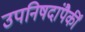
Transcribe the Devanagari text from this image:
उपनिषदांपैकीं